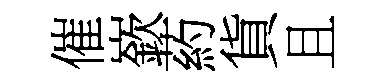
催嶔葯貨且